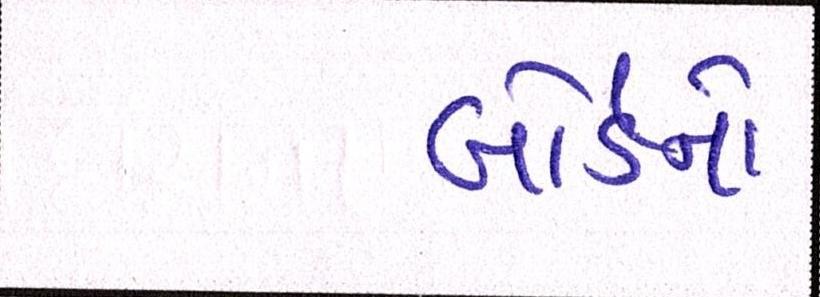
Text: બોર્ડનો